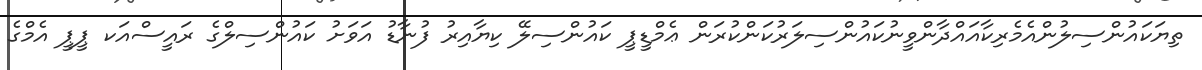
ތިޔަކައުންސިލުންއެމެރިކާއައްދާންވީނުކައުންސިލަރުކަންކުރަން ޢެމްޑީޕީ ކައުންސިލޭ ކިޔާއިރު ފުނާޑު އަވަށު ކައުންސިލްގެ ރައީސްއަކ ޕީޕީ އެމްގެ